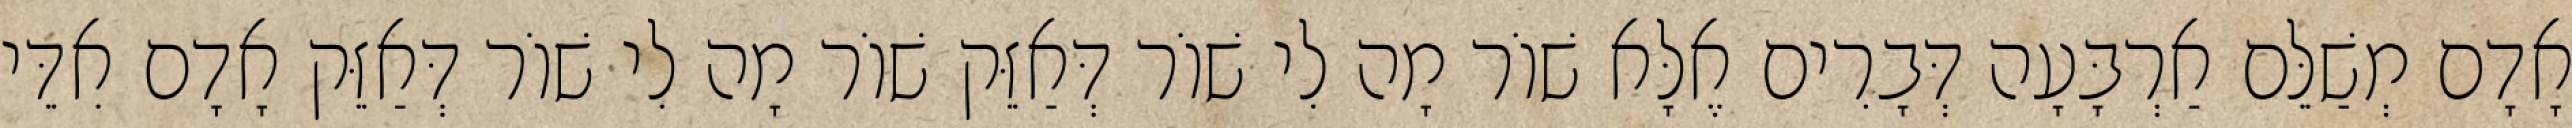
אָדָם מְשַׁלֵּם אַרְבָּעָה דְּבָרִים אֶלָּא שׁוֹר מָה לִי שׁוֹר דְּאַזֵּק שׁוֹר מָה לִי שׁוֹר דְּאַזֵּק אָדָם אִדֵּי